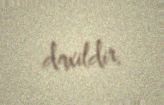
daxildir.